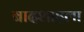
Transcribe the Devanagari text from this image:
बादशाहला